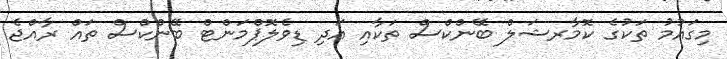
މިގައުމު ތަކުގެ ކޮމާރޝަލް ބޭންކްސް ތަކާއި އަދި ޑިވެލޮޕްމަންޓް ބޭންކްސް ތައް ރާއްޖެ